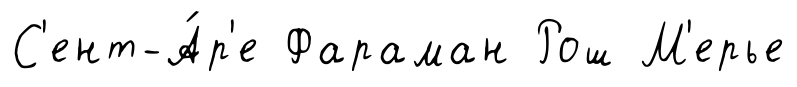
С'ент-А́р'е Фараман Рош М'ерье